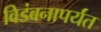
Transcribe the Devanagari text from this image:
विडंबनापर्यंत